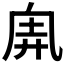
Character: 𠂸